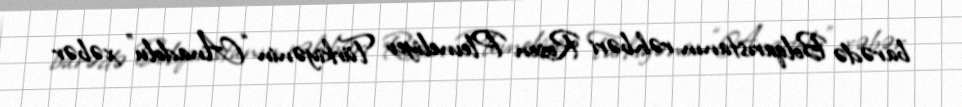
barədə Bolqarıstanın rəhbəri Rosen Plevneliyev Türkiyənin “Anadolu” xəbər